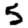
Digit: 5